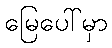
မြေပေါ်မှာ